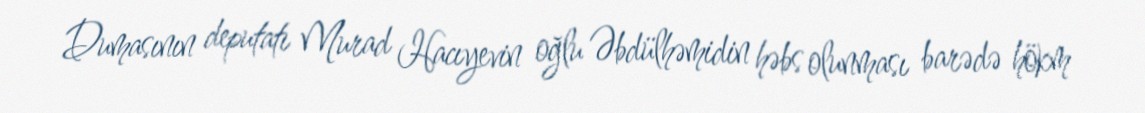
Dumasının deputatı Murad Hacıyevin oğlu Əbdülhəmidin həbs olunması barədə hökm